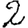
Digit: 2